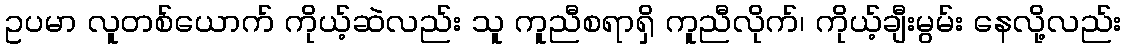
ဥပမာ လူတစ်ယောက် ကိုယ့်ဆဲလည်း သူ ကူညီစရာရှိ ကူညီလိုက်၊ ကိုယ့်ချီးမွမ်း နေလို့လည်း